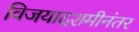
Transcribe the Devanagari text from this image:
विजयादशमीनंतर